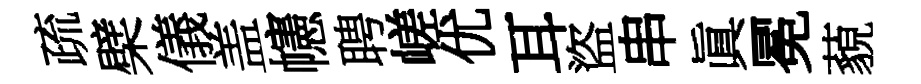
疏檗儀盖幰聘嵯优耳盜串眞冕藐